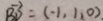
\overrightarrow { B D } = ( - 1 , 1 , 0 ) .